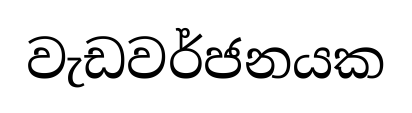
වැඩවර්ජනයක